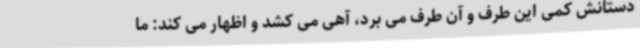
دستانش کمی این طرف و آن طرف می برد، آهی می کشد و اظهار می کند: ما